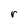
Character: r